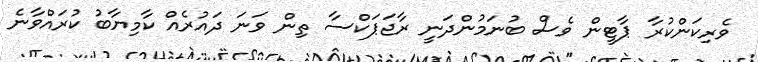
ވެރިކަންކުރާ ޕާޓީން ވެސް ބުނަމުންދަނީ ރާޖަޕަކްސާ ތިން ވަނަ ދައުރެއް ކާމިޔާބު ކުރައްވާނެ